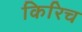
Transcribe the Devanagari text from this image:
किरिच